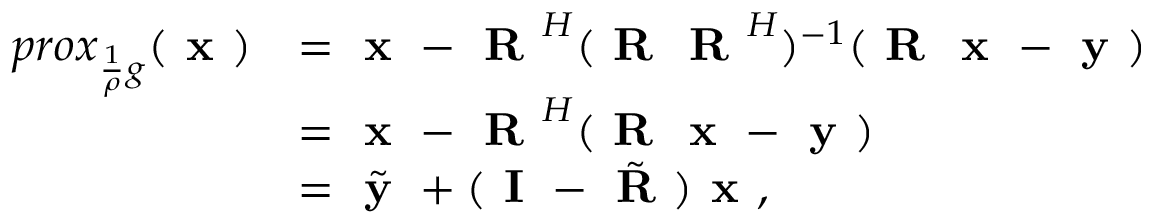
\begin{array} { r l } { p r o x _ { \frac { 1 } { \rho } g } ( \textbf { x } ) } & { = \textbf { x } - \textbf { R } ^ { H } ( \textbf { R } \textbf { R } ^ { H } ) ^ { - 1 } ( \textbf { R } \textbf { x } - \textbf { y } ) } \\ & { = \textbf { x } - \textbf { R } ^ { H } ( \textbf { R } \textbf { x } - \textbf { y } ) } \\ & { = \tilde { \textbf { y } } + ( \textbf { I } - \tilde { \textbf { R } } ) \textbf { x } , } \end{array}